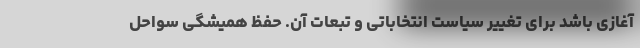
آغازی باشد برای تغییر سیاست انتخاباتی و تبعات آن. حفظ همیشگی سواحل